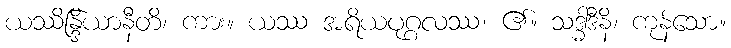
ယဿိန္ဒြိယာနီတိ၊ ကား။ ယဿ အရိယပုဂ္ဂလဿ၊ ၏။ သဒ္ဓါဒီနိ၊ ကုန်သော။